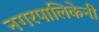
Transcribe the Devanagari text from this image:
नगरपालिकेनी